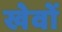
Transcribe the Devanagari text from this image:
खेवों